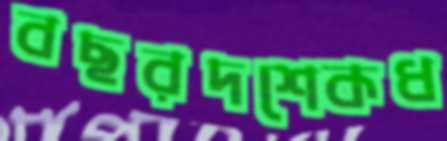
বছরদশেকধ